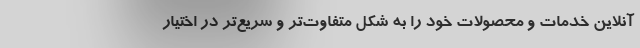
آنلاین خدمات و محصولات خود را به شکل متفاوت‌تر و سریع‌تر در اختیار